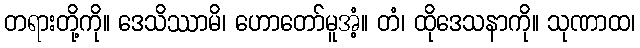
တရားတို့ကို။ ဒေသိဿာမိ၊ ဟောတော်မူအံ့။ တံ၊ ထိုဒေသနာကို။ သုဏာထ၊